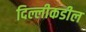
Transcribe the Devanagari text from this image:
दिल्लीकडील